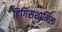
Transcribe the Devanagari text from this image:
हिगिंसशामिल